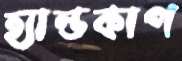
হ্যান্ডকাপ